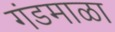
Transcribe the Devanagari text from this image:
गंडमाळा